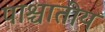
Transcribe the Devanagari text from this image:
पाश्चातीय